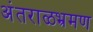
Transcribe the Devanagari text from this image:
अंतराळभ्रमण